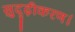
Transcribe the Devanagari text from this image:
सुदृढ़ीकरण।